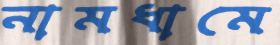
নামধামে